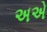
અએ